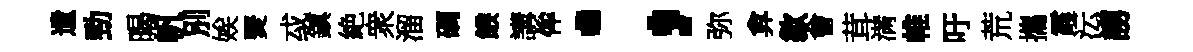
遺勁暍帆別娭燹㦯鎮絶衆溜磵餱講侔；弥弇歙㑹茸满帷吁荒攜霞沄謭